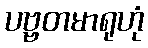
ပဗ္ဗတမာရုဟုံ